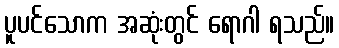
ပူပင်သောက အဆုံးတွင် ရောဂါ ရသည်။